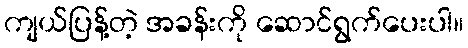
ကျယ်ပြန့်တဲ့ အခန်းကို ဆောင်ရွက်ပေးပါ။